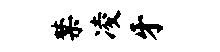
禁凌牙